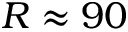
R \approx 9 0